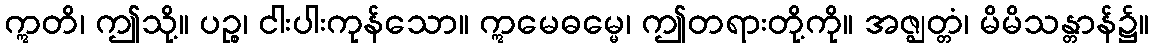
ဣတိ၊ ဤသို့။ ပဉ္စ၊ ငါးပါးကုန်သော။ ဣမေဓမ္မေ၊ ဤတရားတို့ကို။ အဇ္ဈတ္တံ၊ မိမိသန္တာန်၌။